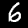
Label: 6